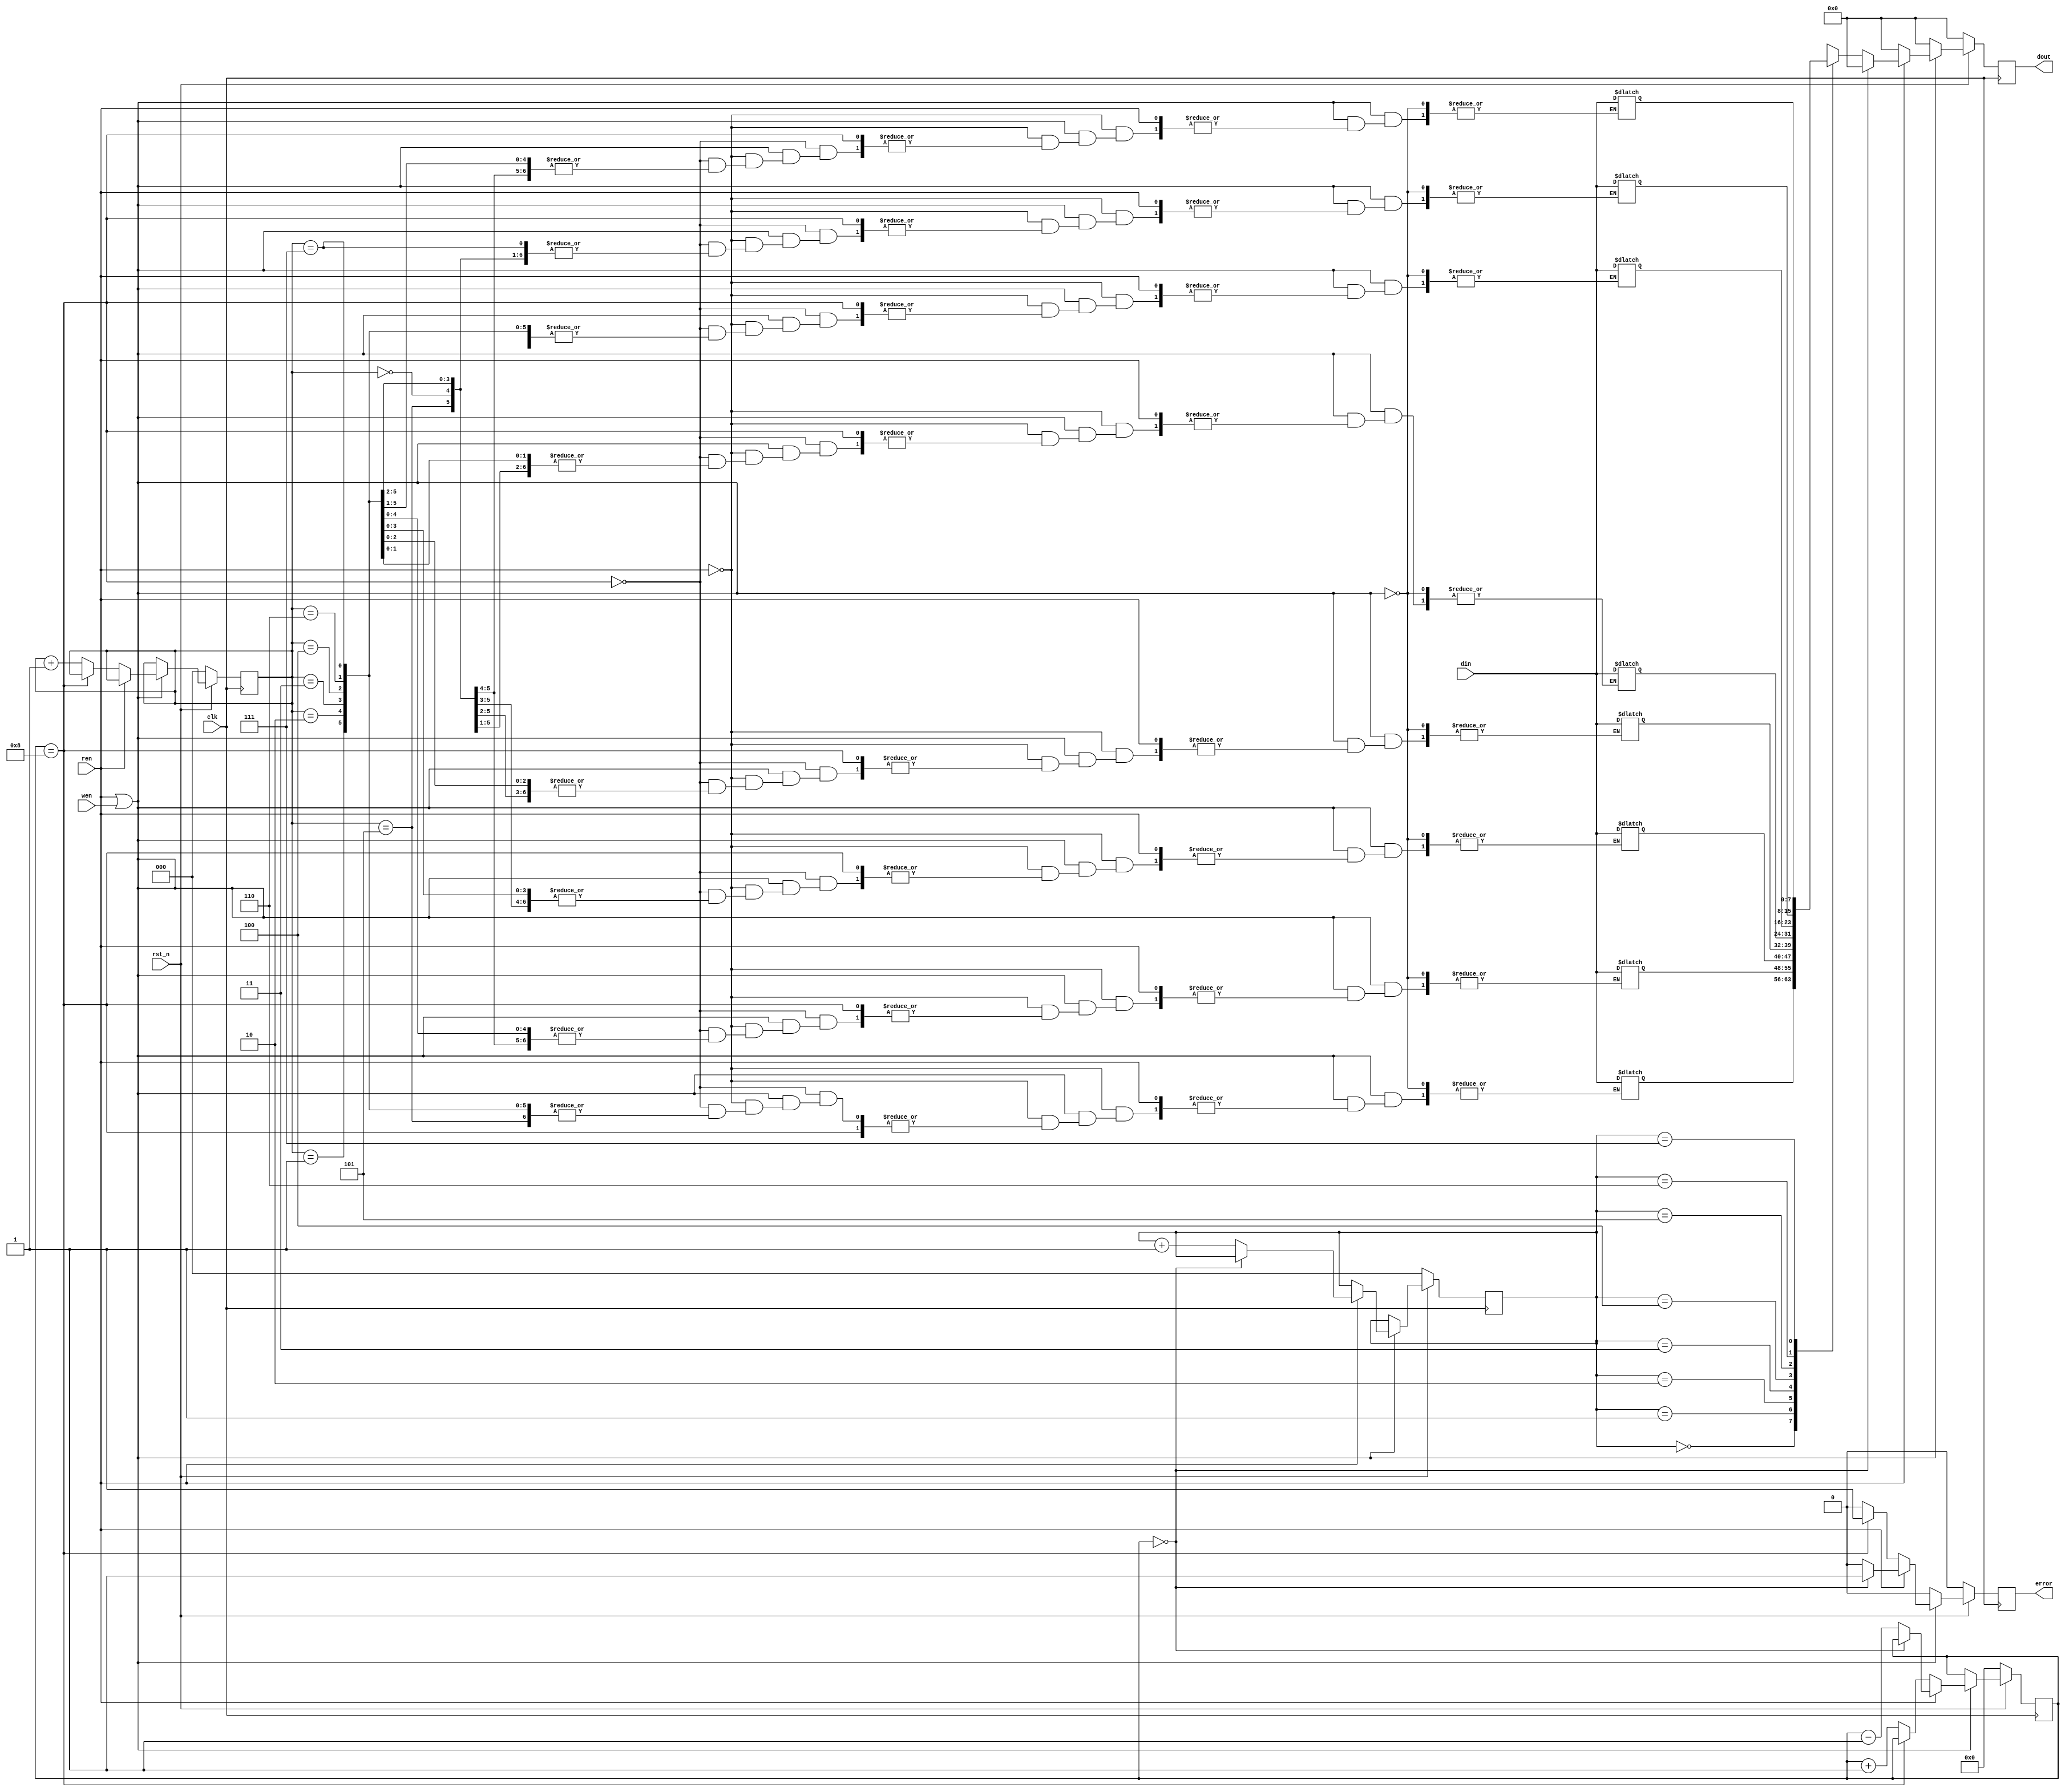
`timescale 1ns/1ps

module FIFO_8(clk, rst_n, wen, ren, din, dout, error);
input clk;
input rst_n;
input wen, ren;
input [8-1:0] din;
output [8-1:0] dout;
output error;
reg [3-1:0] read_ptr;
reg [3-1:0] write_ptr;
reg [4-1:0] full_space;
reg [8-1:0] Mem [8-1:0];
reg [8-1:0] dout;
reg error;

reg [3-1:0] next_read_ptr;
reg [3-1:0] next_write_ptr;
reg [4-1:0] next_full_space;
reg [8-1:0] next_dout;
reg next_error;
always @(posedge clk)begin
    if(!rst_n)begin
        read_ptr <= 3'b000;
        write_ptr <= 3'b000;
        full_space <= 4'b0000;
        dout <= 8'b0;
        error <= 1'b0;
    end

    else begin
        read_ptr <= next_read_ptr;
        write_ptr <= next_write_ptr;
        full_space <= next_full_space;
        dout <= next_dout;
        error <= next_error;
    end
end

always @(*)begin
    //error check
        //(1,1), (1,0), (0,1)
        if(ren == 1 || wen == 1)begin
            //(1,1), (1,0)
            if(ren)begin
                //read empty
                if(full_space == 4'b0000)begin
                    next_error = 1'b1;
                    next_dout = 8'b0;
                    next_read_ptr = read_ptr;
                    next_write_ptr = write_ptr;
                    next_full_space = full_space;
                end
                //correct
                else begin
                    next_error = 1'b0;
                    next_dout = Mem[read_ptr];
                    next_read_ptr = read_ptr + 3'b001;
                    next_write_ptr = write_ptr;
                    next_full_space = full_space - 4'b0001;
                end
            end
            //(0,1)
            else begin
                //write full
                if(full_space == 4'b1000)begin
                    next_error = 1'b1;
                    next_dout = 8'b0;
                    next_read_ptr = read_ptr;
                    next_write_ptr = write_ptr;
                    next_full_space = full_space;
                end

                else begin
                    next_error = 1'b0;
                    next_dout = 8'b0;
                    Mem[write_ptr] = din;
                    next_read_ptr = read_ptr;
                    next_write_ptr = write_ptr + 3'b001;
                    next_full_space = full_space + 4'b0001;
                end
            end
        end

        else begin
            next_error = 1'b0;
            next_dout = 8'b0;
            next_read_ptr = read_ptr;
            next_write_ptr = write_ptr;
            next_full_space = full_space;
        end
end
endmodule